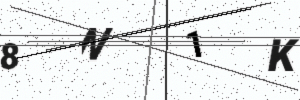
Text: 8N1K